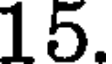
15.